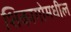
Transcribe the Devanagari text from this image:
शिकागोमधील